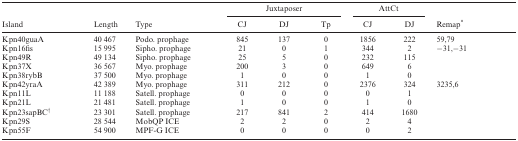
<table><thead><tr><td></td><td></td><td></td><td colspan="3"><b>Juxtaposer</b></td><td colspan="2"><b>AttCt</b></td><td></td></tr><tr><td><b>Island</b></td><td><b>Length</b></td><td><b>Type</b></td><td><b>CJ</b></td><td><b>DJ</b></td><td><b>Tp</b></td><td><b>CJ</b></td><td><b>DJ</b></td><td><b>Remap*</b></td></tr></thead><tbody><tr><td>Kpn40guaA</td><td>40 467</td><td>Podo. prophage</td><td>845</td><td>137</td><td>0</td><td>1856</td><td>222</td><td>59,79</td></tr><tr><td>Kpn16fis</td><td>15 995</td><td>Sipho. prophage</td><td>21</td><td>0</td><td>1</td><td>344</td><td>2</td><td>−31,−31</td></tr><tr><td>Kpn49R</td><td>49 134</td><td>Sipho. prophage</td><td>25</td><td>5</td><td>0</td><td>232</td><td>115</td><td></td></tr><tr><td>Kpn37X</td><td>36 567</td><td>Myo. prophage</td><td>200</td><td>3</td><td>0</td><td>649</td><td>6</td><td></td></tr><tr><td>Kpn38rybB</td><td>37 500</td><td>Myo. prophage</td><td>1</td><td>0</td><td>0</td><td>1</td><td>0</td><td></td></tr><tr><td>Kpn42yraA</td><td>42 389</td><td>Myo. prophage</td><td>311</td><td>212</td><td>0</td><td>2376</td><td>324</td><td>3235,6</td></tr><tr><td>Kpn11L</td><td>11 188</td><td>Satell. prophage</td><td>0</td><td>0</td><td>0</td><td>0</td><td>1</td><td></td></tr><tr><td>Kpn21L</td><td>21 481</td><td>Satell. prophage</td><td>1</td><td>0</td><td>0</td><td>1</td><td>0</td><td></td></tr><tr><td>Kpn23sapBC<sup>†</sup></td><td>23 301</td><td>Satell. prophage</td><td>217</td><td>841</td><td>2</td><td>414</td><td>1680</td><td></td></tr><tr><td>Kpn29S</td><td>28 544</td><td>MobQP ICE</td><td>2</td><td>2</td><td>0</td><td>2</td><td>4</td><td></td></tr><tr><td>Kpn55F</td><td>54 900</td><td>MPF-G ICE</td><td>0</td><td>0</td><td>0</td><td>0</td><td>2</td><td></td></tr></tbody></table>